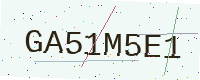
Text: GA51M5E1